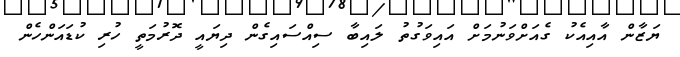
ޔަޒާން އާއިއެކު ގެއަށްވަނުމަށް އައިވަގުތު ލައިބާ ސިއްސައިގެން ދިޔައީ ދޮރުމަތީ ހުރި ކުޑައަންހެން